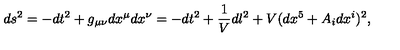
d s ^ { 2 } = - d t ^ { 2 } + g _ { \mu \nu } d x ^ { \mu } d x ^ { \nu } = - d t ^ { 2 } + \frac { 1 } { V } d l ^ { 2 } + V ( d x ^ { 5 } + A _ { i } d x ^ { i } ) ^ { 2 } ,